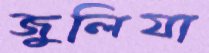
জুলিযা